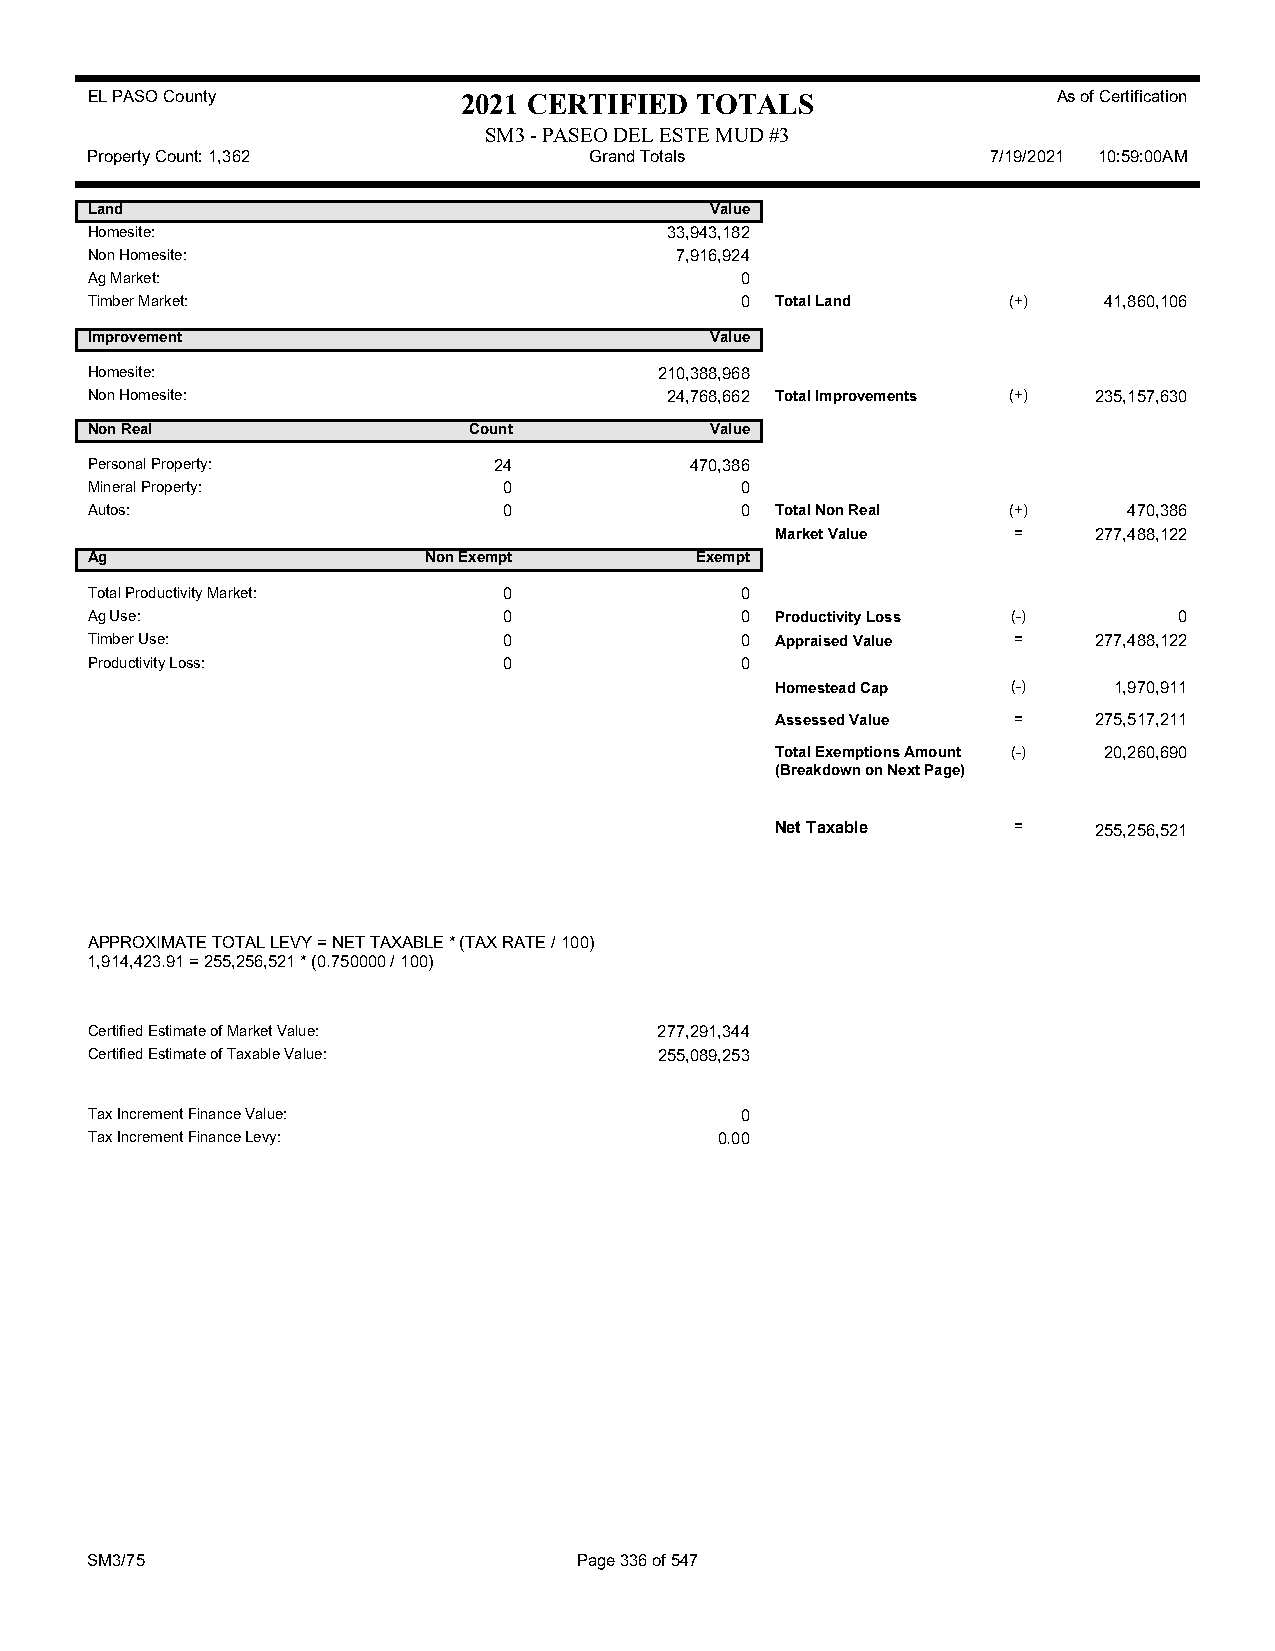
EL PASO County           2021 CERTIFIED TOTALS                  As of Certification
 SM3 - PASEO DEL ESTE MUD #3
 Property Count: 1,362            Grand Totals               7/19/2021 10:59:00AM
 Land                                     Value
 Homesite:                             33,943,182
 Non Homesite:                          7,916,924
 Ag Market:                                 0
 Timber Market:                             0 Total Land      (+)   41,860,106
 Improvement                              Value
 Homesite:                             210,388,968
 Non Homesite:                         24,768,662 Total Improvements (+) 235,157,630
 Non Real                 Count           Value
 Personal Property:         24           470,386
 Mineral Property:          0               0
 Autos:                     0               0 Total Non Real  (+)     470,386
 Market Value    =    277,488,122
 Ag                    Non Exempt        Exempt
 Total Productivity Market: 0               0
 Ag Use:                    0               0 Productivity Loss (-)      0
 Timber Use:                0               0 Appraised Value =    277,488,122
 Productivity Loss:         0               0
 Homestead Cap   (-)    1,970,911
 Assessed Value  =    275,517,211
 Total Exemptions Amount (-) 20,260,690
 (Breakdown on Next Page)
 Net Taxable     =    255,256,521
 APPROXIMATE TOTAL LEVY = NET TAXABLE * (TAX RATE / 100)
 1,914,423.91 = 255,256,521 * (0.750000 / 100)
 Certified Estimate of Market Value:   277,291,344
 Certified Estimate of Taxable Value:  255,089,253
 Tax Increment Finance Value:               0
 Tax Increment Finance Levy:               0.00
 SM3/75                          Page 336 of 547